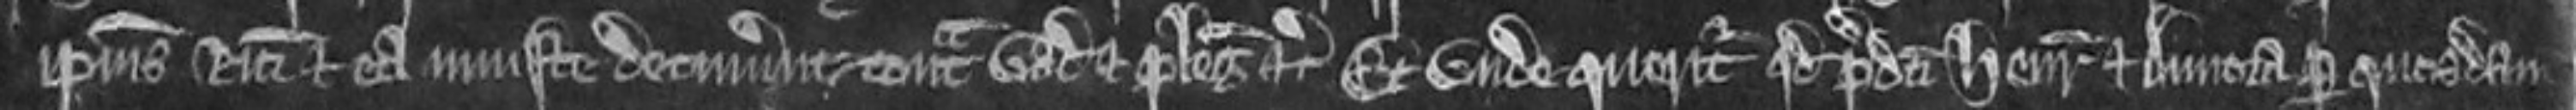
ipsius Ricardi et ea injuste detinuerunt contra vadium et plegios etc Et unde queritur quod predicti Henricus et Annora per quosdam